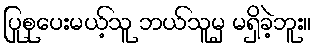
ပြုစုပေးမယ့်သူ ဘယ်သူမှ မရှိခဲ့ဘူး။